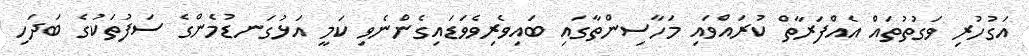
އަގުހުރި ވަގުތުތައް އެއްފަރާތް ކުރައްވައި މަހާސިންތާގައި ބައިވެރިވެވަޑައިގެންނެވި ކަމީ އަޅުގަނޑުމެންގެ ސަފުތަކުގެ ބަދަހި